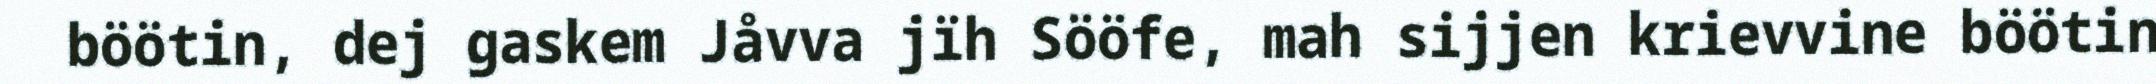
böötin, dej gaskem Jåvva jïh Sööfe, mah sijjen krievvine böötin